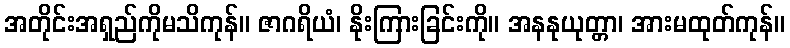
အတိုင်းအရှည်ကိုမသိကုန်။ ဇာဂရိယံ၊ နိုးကြားခြင်းကို။ အနနုယုတ္တာ၊ အားမထုတ်ကုန်။